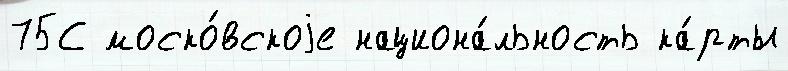
75С моско́вскоjе национа́льность ка́рты